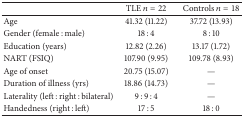
<table><thead><tr><td><b> </b></td><td><b>TLE <i>n</i> = 22</b></td><td><b>Controls <i>n</i> = 18</b></td></tr></thead><tbody><tr><td>Age</td><td>41.32 (11.22)</td><td>37.72 (13.93) </td></tr><tr><td>Gender (female : male)</td><td>18 : 4</td><td>8 : 10</td></tr><tr><td>Education (years)</td><td>12.82 (2.26)</td><td>13.17 (1.72)</td></tr><tr><td>NART (FSIQ)</td><td>107.90 (9.95)</td><td>109.78 (8.93)</td></tr><tr><td>Age of onset</td><td>20.75 (15.07)</td><td>—</td></tr><tr><td>Duration of illness (yrs)</td><td>18.86 (14.73)</td><td>—</td></tr><tr><td>Laterality (left : right : bilateral)</td><td>9 : 9 : 4</td><td>—</td></tr><tr><td>Handedness (right : left)</td><td>17 : 5</td><td>18 : 0</td></tr></tbody></table>